Medical and sanitary report of the native army of Bengal for the year
Year: 1876
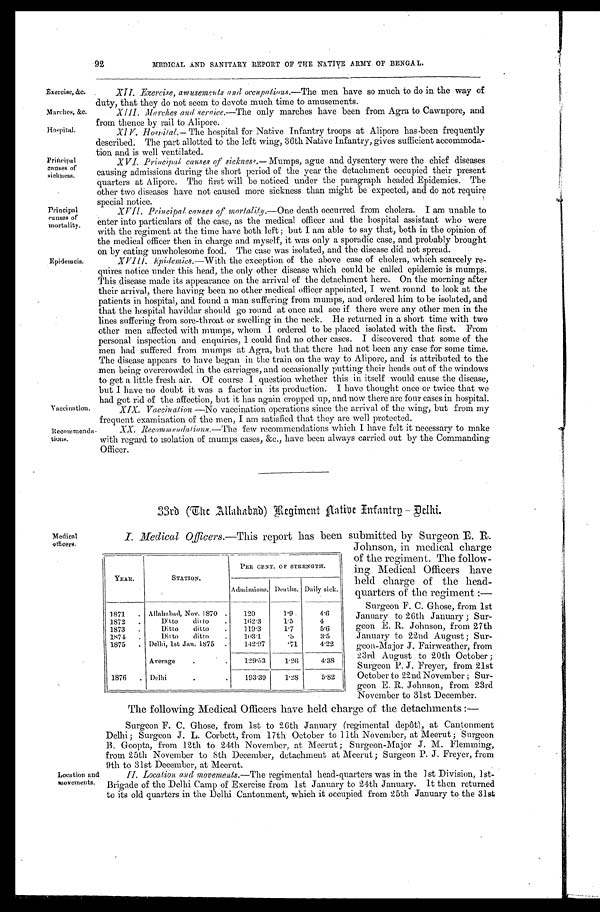
Exercise, &c.
Marches, &c
.
Hospital.
Principal
causes of
sickness.
Principal
causes of
mortality.
Epidemcis.
Vaccination.
Recommenda-
tions.
Medical
officers.
Location and
movements.
92 MEDICAL AND SANITARY REPORT OF THE NATIVE ARMY OF BENGAL.
XII. Exercise, amusements and occupations. —The men have so much to do in the way of
duty, that they do not seem to devote much time to amusements.
XIII. Marches and Service.— T h e o n l y m a r c h e s h a v e b e e n f r o m A g r a t o C a w n p o r e , a n d
from thence by rail to Alipore.
XIV. Hospital. —The hospital for Native Infantry troops at Alipore has been frequently
described. The part allotted to the left wing, 36th Native Infantry, gives sufficient accommoda-
tion and is well ventilated.
XVI . Pr i nci pal causes of si ckness.— M u m p s , a g u e a n d d y s e n t e r y w e r e t h e c h i e f d i s e a s e s
causing admissions during the short period of the year the detachment occupied their present
quarters at Alipore. The first will be noticed under the paragraph headed Epidemics. The
other two diseases have not caused more sickness than might be expected, and do not require
special notice.
XVII. Principal causes of mortality. —One death occurred from cholera. I am unable to
enter into particulars of the case, as the medical officer and the hospital assistant who were
with the regiment at the time have both left ; but I am able to say that, both in the opinion of
the medical officer then in charge and myself, it was only a sporadic case, and probably brought
on by eating unwholesome food. The case was isolated, and the disease did not spread.
XVIII. Epidemics.—With the exception of the above case of cholera, which scarcely re-
quires notice under this head, the only other disease which could be called epidemic is mumps.
This disease made its appearance on the arrival of the detachment here. On the morning after
their arrival, there having been no other medical officer appointed, I went round to look at the
patients in hospital, and found a man suffering from mumps, and ordered him to be isolated, and
that the hospital havildar should go round at once and see if there were any other men in the
lines suffering from sore-throat or swelling in the neck. He returned in a short time with two
other men affected with mumps, whom I ordered to be placed isolated with the first. From
personal inspection and enquiries, I could find no other cases. I discovered that some of the
men had suffered from mumps at Agra, but that there had not been any case for some time.
The disease appears to have began in the train on the way to Alipore, and is attributed to the
men being overcrowded in the carriages, and occasionally putting their heads out of the windows
to get a little fresh air. Of course I question whether this in itself would cause the disease,
but I have no doubt it was a factor in its production. I have thought once or twice that we
had got rid of the affection, but it has again cropped up, and now there are four cases in hospital.
XIX. Vaccination. —No vaccination operations since the arrival of the wing, but from my
frequent examination of the men, I am satisfied that they are well protected.
XX. Recommendations.—The few recommendations which I have felt it necessary to make
with regard to isolation of mumps cases, &c., have been always carried out by the Commanding
Officer.
33rd (The Allahabad) Regiment Native Infantry —Delhi.
I. Medical Officers.— T h i s r e p o r t h a s b e e n s u b m i t t e d b y S u r g e o n E . R .
Johnson, in medical charge
of the regiment. The follow-
ing Medical Officers have
held charge of the head-
quarters of the regiment :
—
Surgeon F. C. Ghose, from 1st
January to 26th January ; Sur-
geon E. R. Johnson, from 27th
January to 22nd August; Sur-
geon-Major J. Fairweather, from
23rd August to 20th October ;
Surgeon P. J. Freyer, from 21st
October to 22nd November ; Sur-
geon E. R. Johnson, from 23rd
November to 31st December.
The following Medical Officers have held charge of the detachments :
—
Surgeon F. C. Ghose, from 1st to 26th January (regimental depôt), at Cantonment
Delhi; Surgeon J. L. Corbett, from 17th October to 11th November, at Meerut; Surgeon
B. Goopta, from 12th to 24th November, at Meerut ; Surgeon-Major J. M. Flemming,
from 25th November to 8th December, detachment at Meerut; Surgeon P. J. Freyer, from
9th to 31st December, at Meerut.
II. Location and movements. —The regimental head-quarters was in the 1st Division, 1st-
Brigade of the Delhi Camp of Exercise from 1st January to 24th January. It then returned
to its old quarters in the Delhi Cantonment, which it occupied from 25th January to the 31st
YEAR.
STATION.
PER CENT. OF STRENGTH.
Admissions. Deaths. Daily sick.
1871 . Allahabad, Nov. 1870 .
120
1.9
4.6
1872 .
Ditto ditto
.
162.3
1.5
4
1873 .
Ditto ditto
.
119.3
1.7
5.6
1874 .
Ditto ditto
.
103.1
. 5 3.5
1875 . Delhi, 1st Jan. 1875 .
142.97
. 7 1 4.22
Average
.
.
129.53
1.26
4.38
1876 . Delhi
.
.
193.39
1.28
5.82